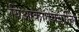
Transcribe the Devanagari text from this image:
यिआकातेक्वत्लि